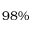
9 8 \%